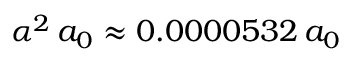
\alpha ^ { 2 } \, a _ { 0 } \approx 0 . 0 0 0 0 5 3 2 \, a _ { 0 }